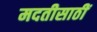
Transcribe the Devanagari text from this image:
मदतीसाठीं